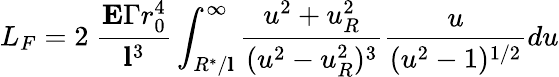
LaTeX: L_{F}=2\ \frac{{\mathbf E}\Gamma r_{0}^{4}}{{\mathbf l}^{3}}\int_{R^{*}/{\mathbf l}}^{\infty}\frac{u^{2}+u_{R}^{2}}{(u^{2}-u_{R}^{2})^{3}}\frac{u}{(u^{2}-1)^{1/2}}du